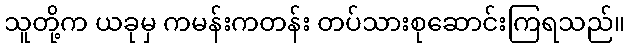
သူတို့က ယခုမှ ကမန်းကတန်း တပ်သားစုဆောင်းကြရသည်။